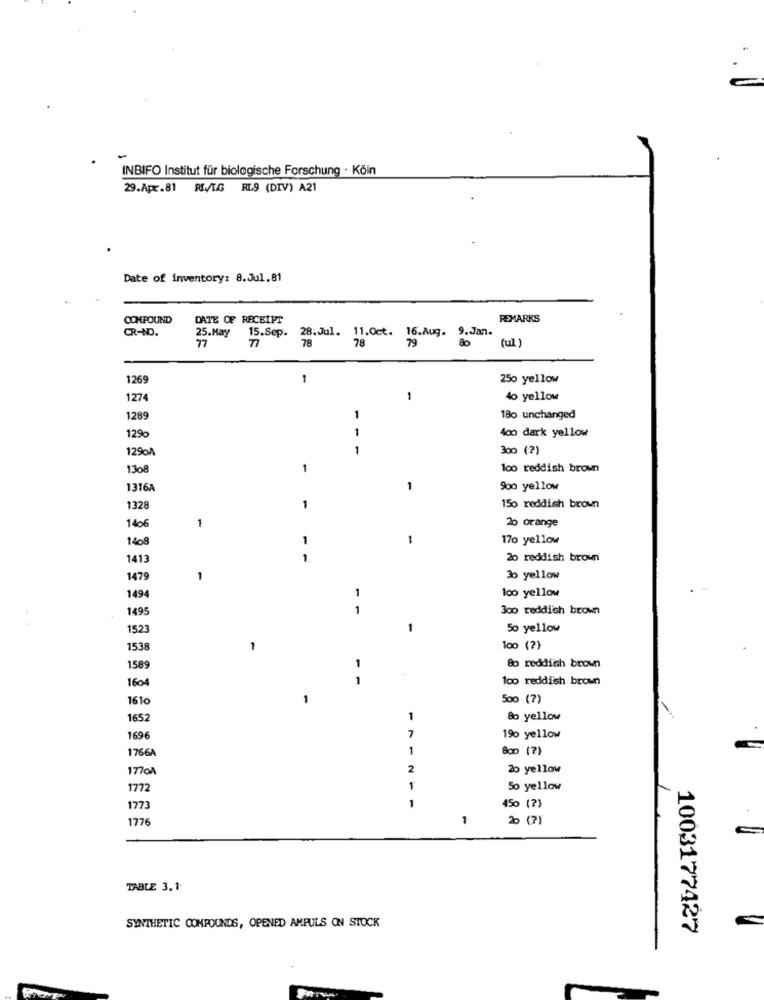
INBIFO Institut für biologische Forschung · Köln
29.Apr.81 RIV/T.G RL9 (DIV) A21
Date of inventory: 8.Jul.81
COMPOUND
DATE OF RECEIPT
REMARKS
CR-ND.
15.Sep.
28.Jul. 11.Oct. 16.Aug. 9.Jan.
25.Hay
77
77
78
78
79
(ul )
1269
250 yellow
1274
1
40 yellow
1289
1
180 unchanged
1
400 dark yellow
129%
129%A
1
300 (?)
1308
1
100 reddish brown
1316A
1
900 yellow
1328
1
150 reddish brown
20 orange
1406
1
140
1
1
170 yellow
1413
1.
20 reddish brown
1479
1
30 yellow
1
loo yellow
1494
1495
1
300 reddish brown
1523
50 yellow
153
1
100 (?)
158
1
Bo reddish brown
1604
1
100 reddish brown
161
-
500 (?)
1652
1
& yellow
7
1696
19% yellow
1766A
1
BOD (?)
170A
2
20 yellow
1772
So yellow
1
177
450 (?)
1776
1
20 ( 7 )
TABLE 3. 1-
SYNTHETIC COMPOUNDS, OPENED AMPULS ON STOCK
1003177427